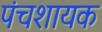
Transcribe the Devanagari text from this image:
पंचशायक